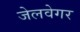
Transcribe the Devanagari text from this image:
जेलवेगर